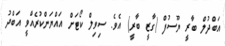
އަބްދުލް ބާރީ ޔޫސުފް (ގާޒީ ބާރީ) އެވެ. ސިވިލް ކޯޓަށް އައްޔަންކުރެއްވީ އަބްދު